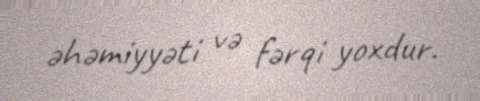
əhəmiyyəti və fərqi yoxdur.